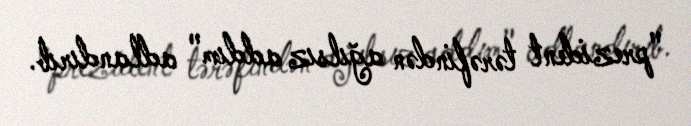
"prezident tərəfindən ağılsız addım" adlandırıb.